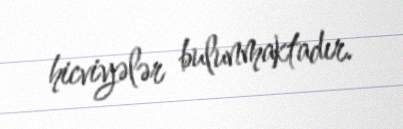
hicviyələr bulunmaktadır.